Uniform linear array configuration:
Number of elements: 4
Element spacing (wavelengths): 0.25
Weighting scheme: hann
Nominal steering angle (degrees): -15
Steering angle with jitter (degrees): -13.581
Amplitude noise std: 0.05
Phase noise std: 0.05

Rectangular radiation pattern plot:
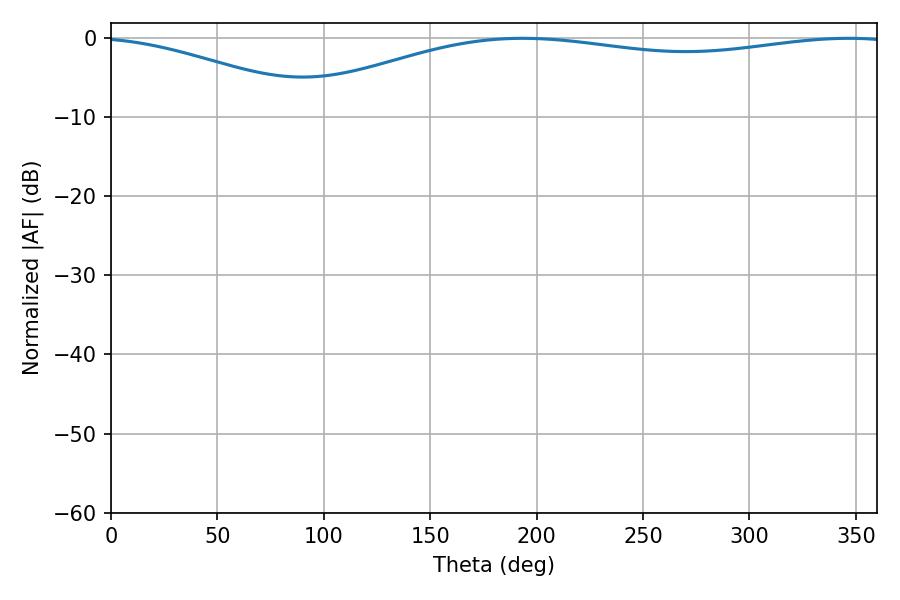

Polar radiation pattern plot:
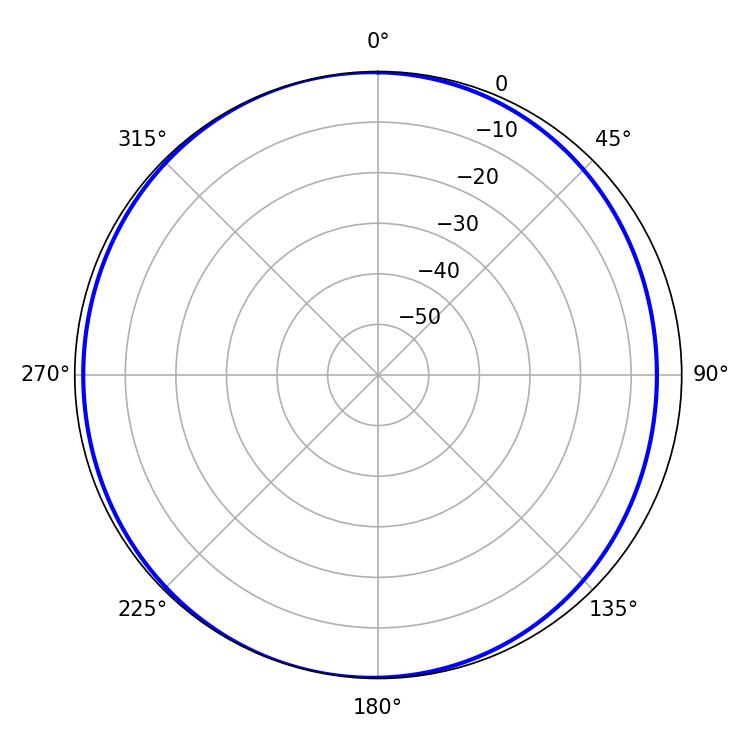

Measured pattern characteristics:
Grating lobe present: FALSE
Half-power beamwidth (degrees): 230.22
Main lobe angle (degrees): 193.5